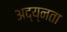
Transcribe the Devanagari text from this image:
अद्य्नता